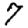
Digit: 7